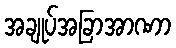
အချုပ်အခြာအာဏာ